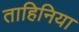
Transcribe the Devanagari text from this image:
ताहिनिया